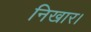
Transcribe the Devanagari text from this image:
निखार।